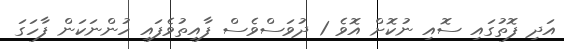
އަދި ފޮތުގައި ސޮއި ނުކޮށް އޮވެ 1 ދުވަސްވެސް ފާއިތުވެފައި ހުންނަކަން ފާހަގަ